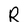
Character: R